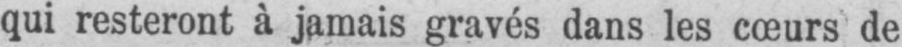
qui resteront à jamais gravés dans les cœurs de